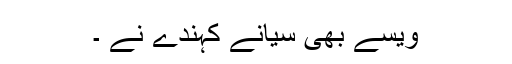
ویسے بھی سیانے کہندے نے ۔